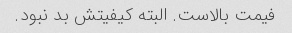
فیمت بالاست. البته کیفیتش بد نبود.